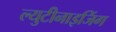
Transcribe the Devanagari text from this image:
ल्युटीनाइजिंग